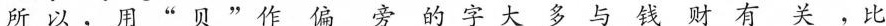
所用”贝” 作偏旁的字大多与钱财有关，比